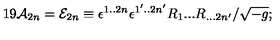
1 9 { \cal A } _ { 2 n } = { \cal E } _ { 2 n } \equiv \epsilon ^ { 1 . . 2 n } \epsilon ^ { 1 ^ { \prime } . . 2 n ^ { \prime } } R _ { 1 } . . . R _ { . . . 2 n { ^ \prime } } / \sqrt { - g } ;